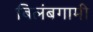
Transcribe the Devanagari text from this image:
बिलंबगामी